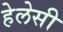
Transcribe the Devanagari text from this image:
हेलेसी